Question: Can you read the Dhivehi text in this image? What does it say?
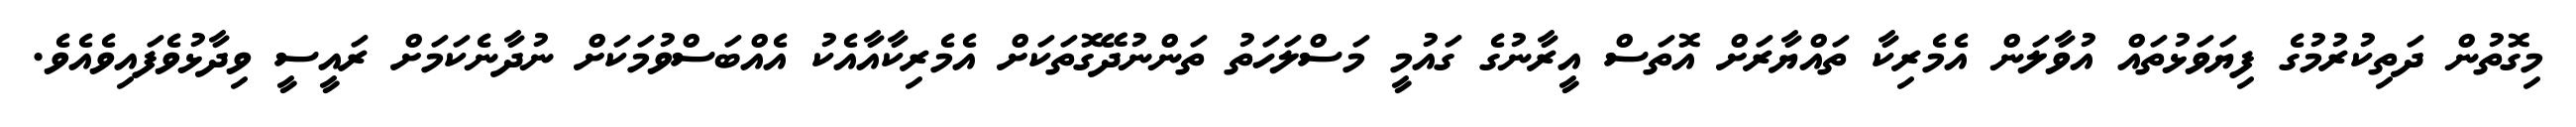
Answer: މިގޮތުން ދަތިކުރުމުގެ ފިޔަވަޅުތައް އުވާލަން އެމެރިކާ ތައްޔާރަށް އޮތަސް އީރާނުގެ ގައުމީ މަސްލަހަތު ތަންނުދޭގޮތަކަށް އެމެރިކާއާއެކު އެއްބަސްވުމަކަށް ނުދާނެކަމަށް ރައީސީ ވިދާޅުވެފައިވެއެވެ.